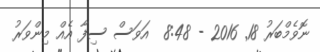
ނޮވެމްބަރު 18